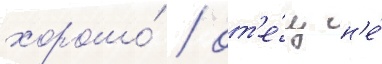
хорошо́ / от'е́ц н'е́